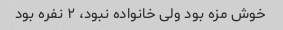
خوش مزه بود ولی خانواده نبود، ۲ نفره بود